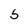
Character: S